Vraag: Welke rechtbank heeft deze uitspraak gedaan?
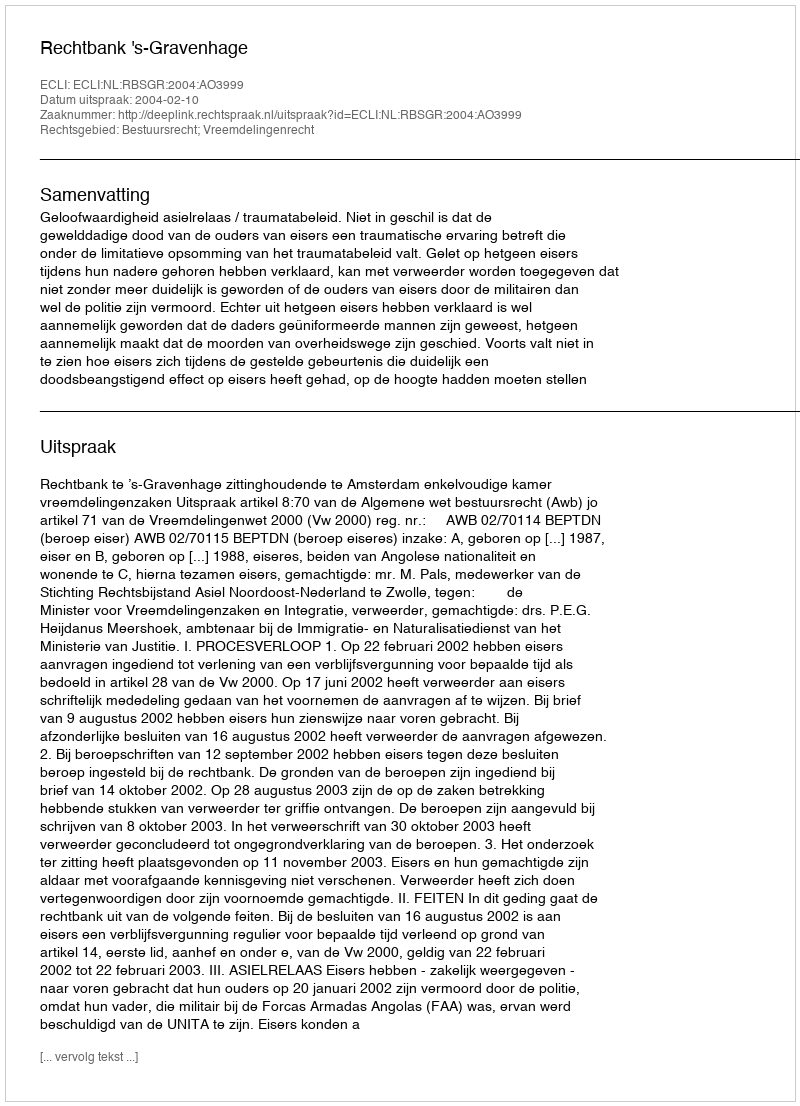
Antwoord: Rechtbank 's-Gravenhage